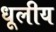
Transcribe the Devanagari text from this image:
धूलीय